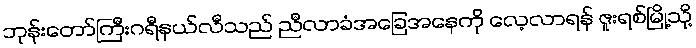
ဘုန်းတော်ကြီးဂရီနယ်လီသည် ညီလာခံအခြေအနေကို လေ့လာရန် ဇူးရစ်မြို့သို့